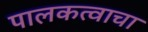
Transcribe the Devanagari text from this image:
पालकत्वाचा